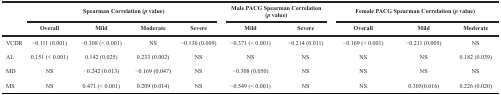
<table><thead><tr><td rowspan="2"></td><td colspan="4"><b>Spearman Correlation (<i>p</i> value)</b></td><td colspan="2"><b>Male PACG Spearman Correlation (<i>p</i> value)</b></td><td colspan="3"><b>Female PACG Spearman Correlation (<i>p</i> value)</b></td></tr><tr><td><b>Overall</b></td><td><b>Mild</b></td><td><b>Moderate</b></td><td><b>Severe</b></td><td><b>Mild</b></td><td><b>Severe</b></td><td><b>Overall</b></td><td><b>Mild</b></td><td><b>Moderate</b></td></tr></thead><tbody><tr><td>VCDR</td><td>−0.111 (0.001)</td><td>−0.308 (&lt; 0.001)</td><td>NS</td><td>−0.136 (0.009)</td><td>−0.371 (&lt; 0.001)</td><td>−0.214 (0.011)</td><td>−0.169 (&lt; 0.001)</td><td>−0.211 (0.005)</td><td>NS</td></tr><tr><td>AL</td><td>0.151 (&lt; 0.001)</td><td>0.142 (0.025)</td><td>0.233 (0.002)</td><td>NS</td><td>NS</td><td>NS</td><td>NS</td><td>NS</td><td>0.182 (0.039)</td></tr><tr><td>MD</td><td>NS</td><td>−0.242 (0.013)</td><td>−0.169 (0.047)</td><td>NS</td><td>−0.308 (0.050)</td><td>NS</td><td>NS</td><td>NS</td><td>NS</td></tr><tr><td>MS</td><td>NS</td><td>0.471 (&lt; 0.001)</td><td>0.209 (0.014)</td><td>NS</td><td>−0.549 (&lt; 0.001)</td><td>NS</td><td>NS</td><td>0.305(0.016)</td><td>0.226 (0.020)</td></tr></tbody></table>